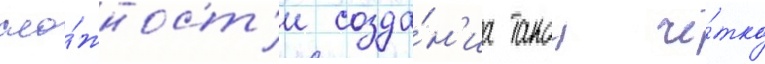
сло́жност'и созда́н'иа такои чё́тко